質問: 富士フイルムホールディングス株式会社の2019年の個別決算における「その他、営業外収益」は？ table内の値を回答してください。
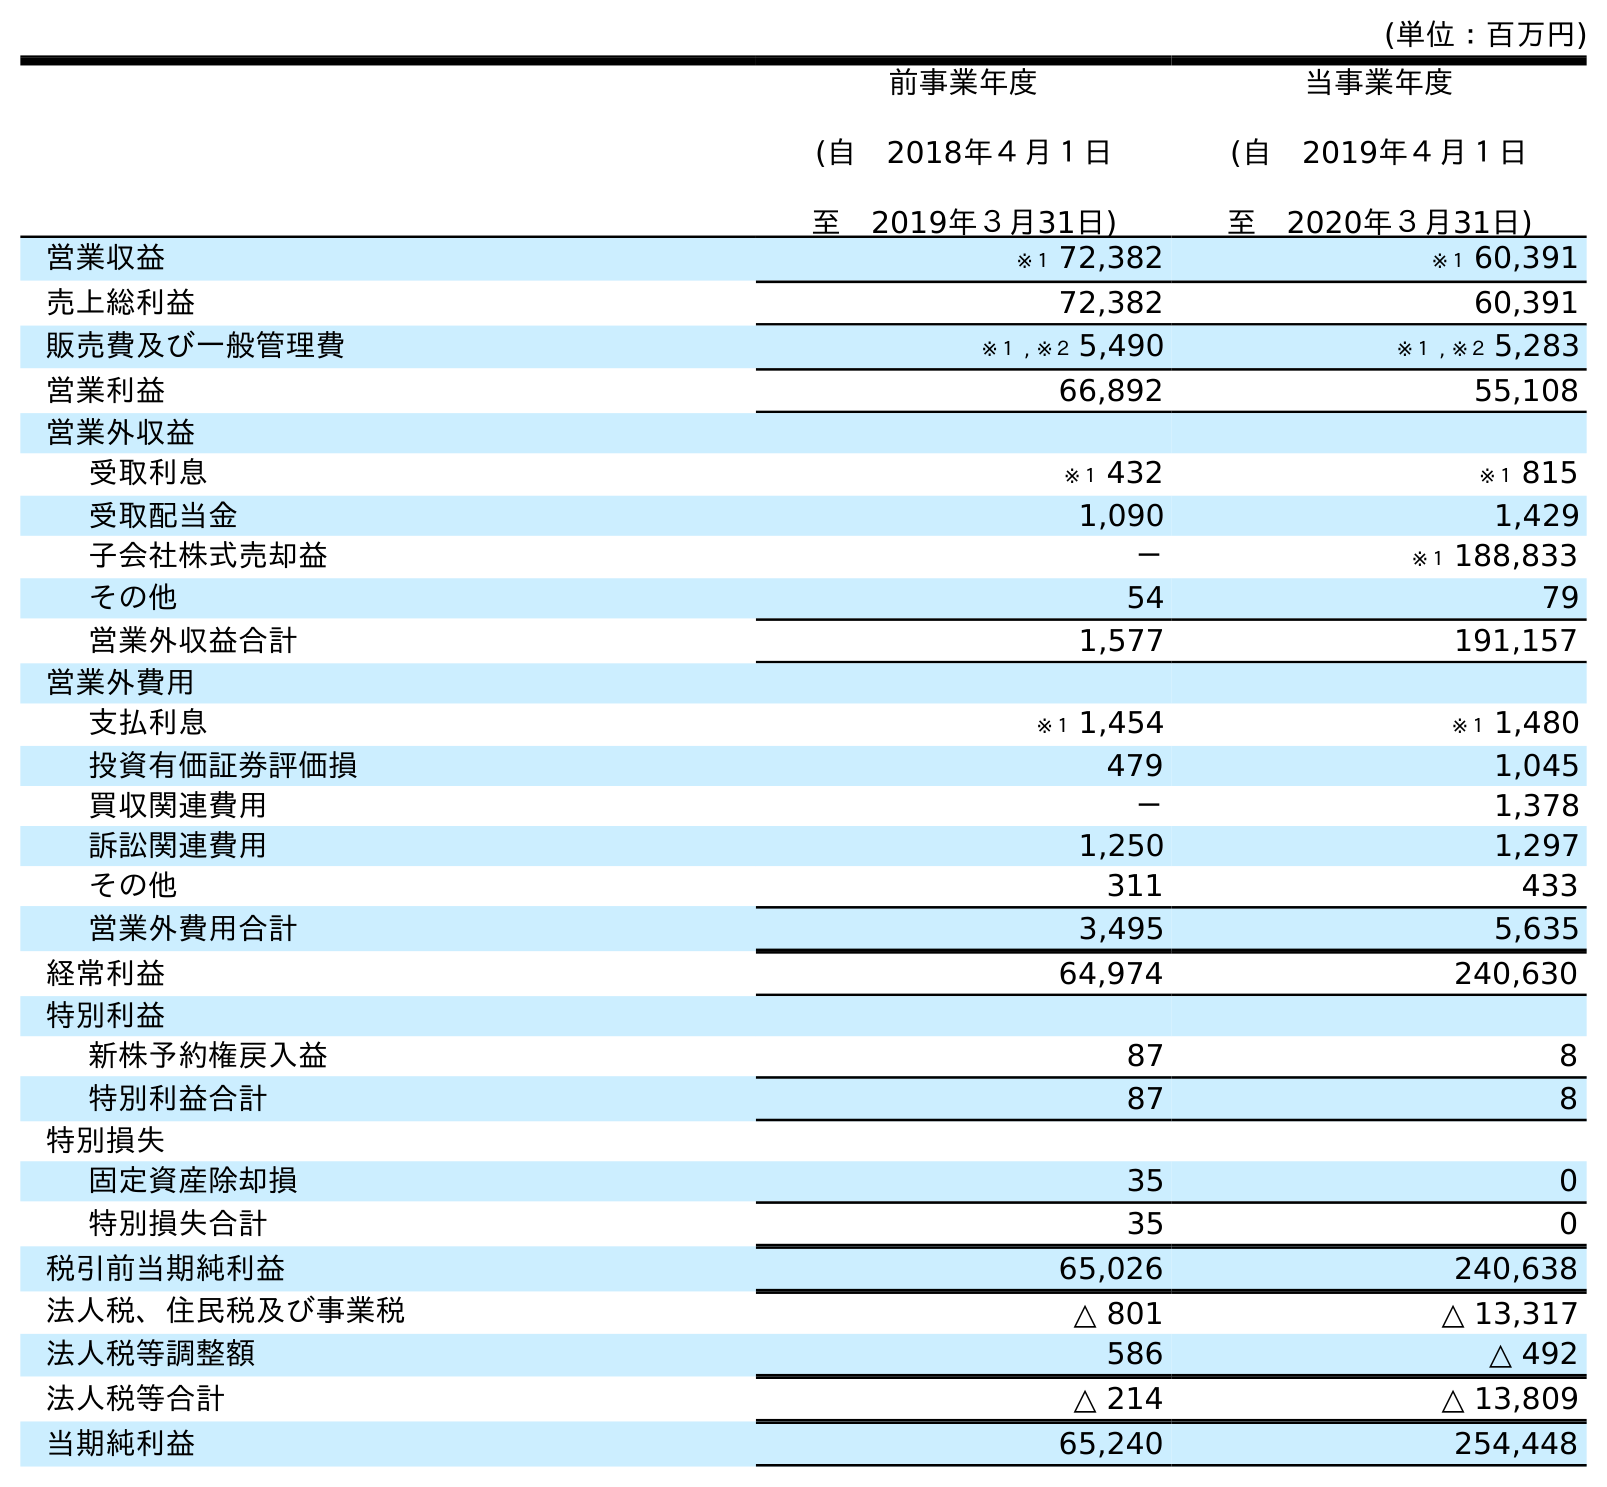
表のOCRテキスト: (単位：百万円) 前事業年度 (自 2018年４月１日 至 2019年３月31日) 当事業年度 (自 2019年４月１日 至 2020年３月31日) 営業収益 ※１ 72,382 ※１ 60,391 売上総利益 72,382 60,391 販売費及び一般管理費 ※１ , ※２ 5,490 ※１ , ※２ 5,283 営業利益 66,892 55,108 営業外収益 受取利息 ※１ 432 ※１ 815 受取配当金 1,090 1,429 子会社株式売却益 － ※１ 188,833 その他 54 79 営業外収益合計 1,577 191,157 営業外費用 支払利息 ※１ 1,454 ※１ 1,480 投資有価証券評価損 479 1,045 買収関連費用 － 1,378 訴訟関連費用 1,250 1,297 その他 311 433 営業外費用合計 3,495 5,635 経常利益 64,974 240,630 特別利益 新株予約権戻入益 87 8 特別利益合計 87 8 特別損失 固定資産除却損 35 0 特別損失合計 35 0 税引前当期純利益 65,026 240,638 法人税、住民税及び事業税 △ 801 △ 13,317 法人税等調整額 586 △ 492 法人税等合計 △ 214 △ 13,809 当期純利益 65,240 254,448
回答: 54